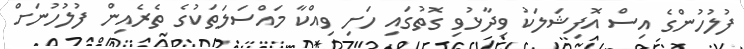
ފުލުހުންގެ އިސް އޮފިޝަލަކު ވިދާޅުވި ގޮތުގައި ހަށި ވިއްކާ މައްސަލަތަކުގެ ތެރެއިން ފުލުހުނަށް